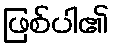
ဖြစ်ပါ၏